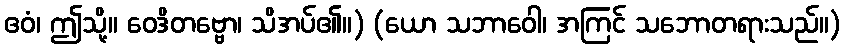
ဧဝံ၊ ဤသို့။ ဝေဒိတဗ္ဗော၊ သိအပ်၏။) (ယော သဘာဝေါ၊ အကြင် သဘောတရားသည်။)